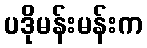
ပဒိုမန်းမန်းက